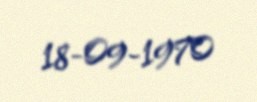
18-09-1970